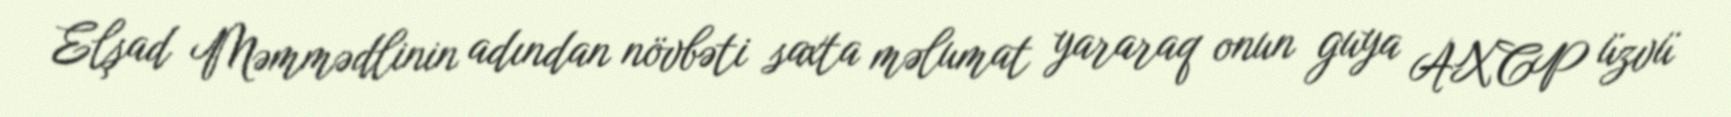
Elşad Məmmədlinin adından növbəti saxta məlumat yararaq onun guya AXCP üzvü